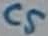
Text: C5